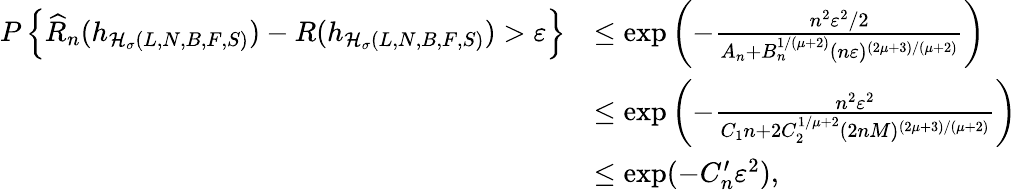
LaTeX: \begin{array}{rl}{P\left\{ \widehat{R}_{n}(h_{\mathcal{H}_{\sigma}(L,N,B,F,S)})-R(h_{\mathcal{H}_{\sigma}(L,N,B,F,S)})>\varepsilon\right\} }&{\leq\exp\left(-\frac{n^{2}\varepsilon^{2}/2}{A_{n}+B_{n}^{1/(\mu+2)}(n\varepsilon)^{(2\mu+3)/(\mu+2)}}\right)}\\ &{\leq\exp\left(-\frac{n^{2}\varepsilon^{2}}{C_{1}n+2C_{2}^{1/\mu+2}(2nM)^{(2\mu+3)/(\mu+2)}}\right)}\\ &{\leq\exp(-C_{n}^{\prime}\varepsilon^{2}),}\end{array}